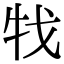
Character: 牫